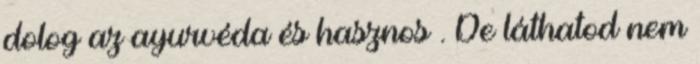
dolog az ayurvéda és hasznos . De láthatod nem